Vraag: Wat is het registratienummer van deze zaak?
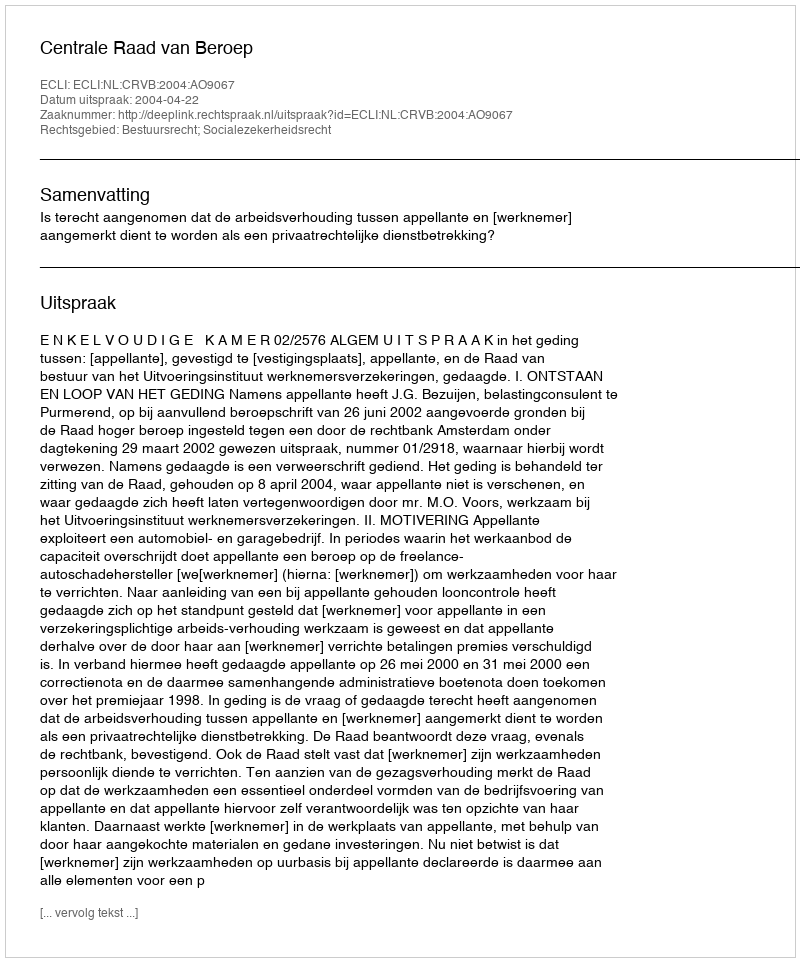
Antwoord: http://deeplink.rechtspraak.nl/uitspraak?id=ECLI:NL:CRVB:2004:AO9067